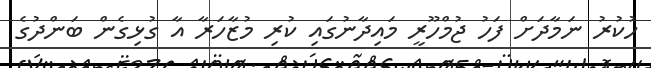
ހުކުރު ނަމާދަށް ފަހު ޖުމްހޫރީ މައިދާނުގައި ކުރި މުޒާހަރާ އާ ގުޅިގެން ބަންދުގެ